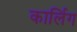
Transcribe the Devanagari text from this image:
कार्लिग